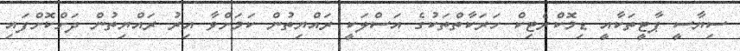
ސިޔާސީ ޕާޓީތަކާއީ ޑިމޮކްރެޓިކް ހަރަކާތްތަކުގެ އަސްލަކީ ރައްޔިތުން ކަމަށްވާ އިރު ރައްޔިތުން ދަށްކޮށްފައި